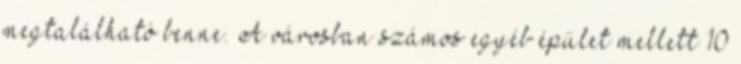
megtalálható benne. A városban számos egyéb épület mellett 10